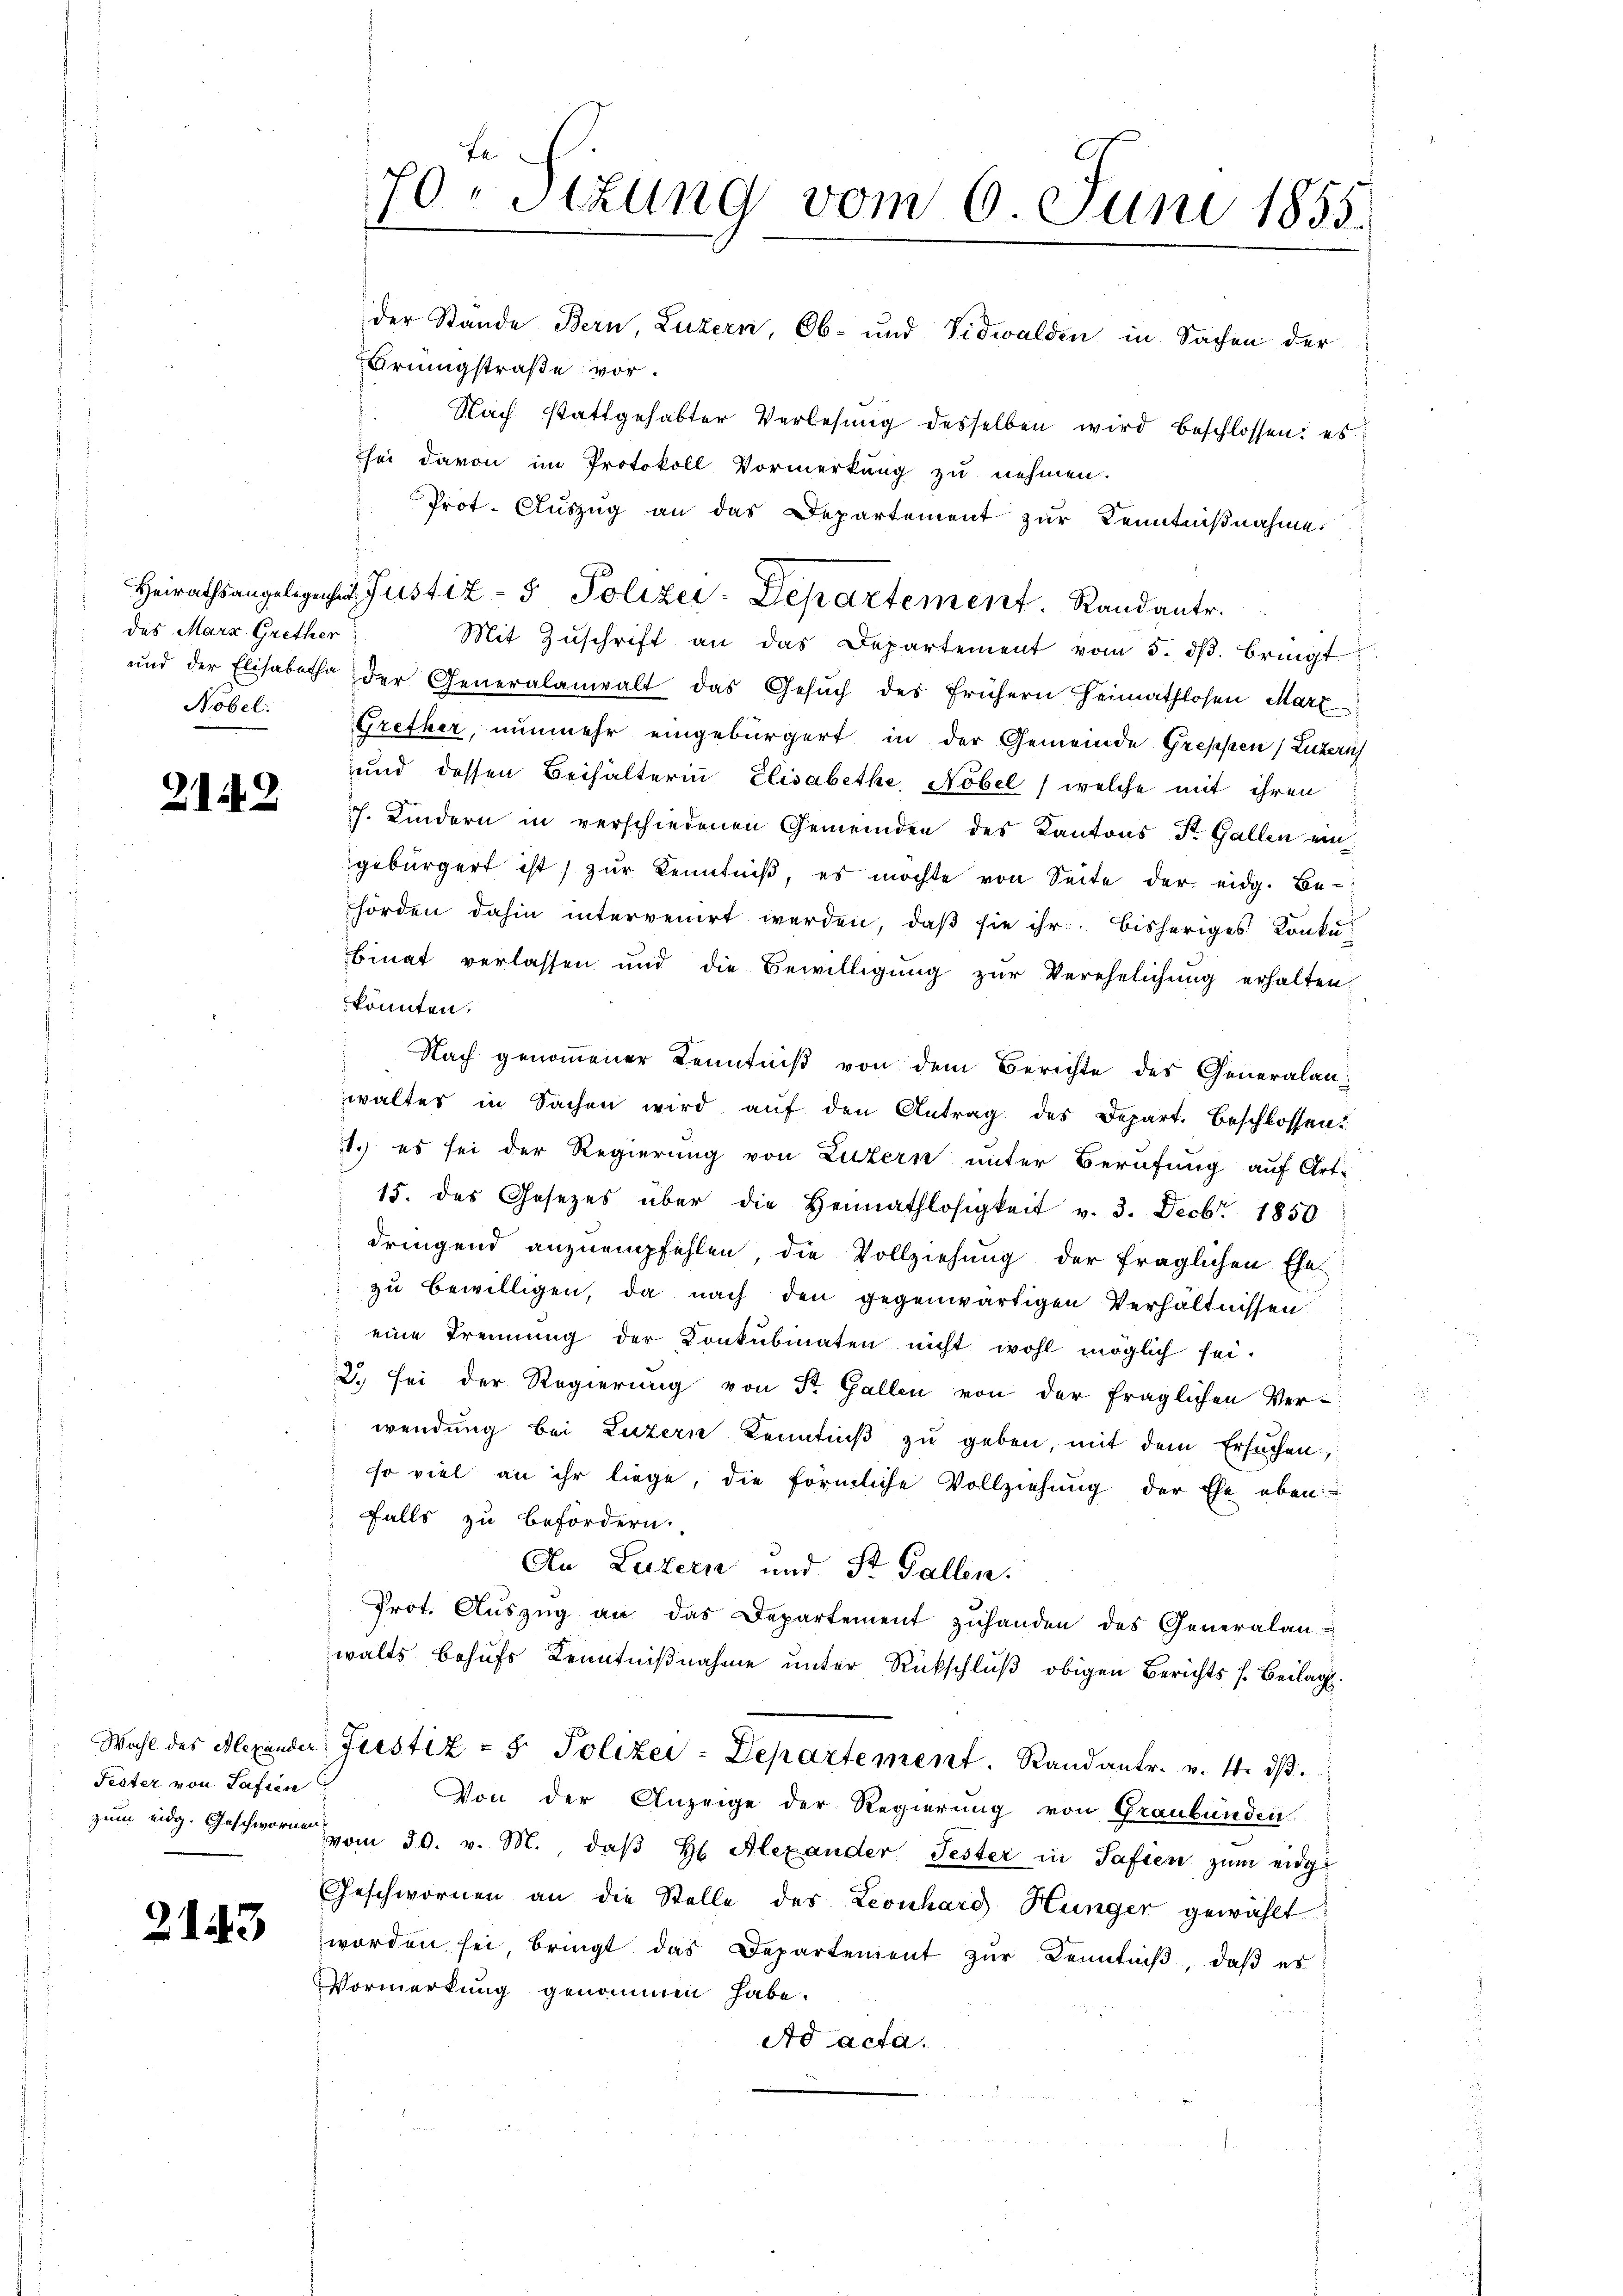
das Marz Grether
Nobel.

2142

Pester von Safien

.
2143

der Stände Bern, Luzern, Ob- und Nidwalden in Sachen der
Brungstraße vor.
Nach stattgehabter Verlesung desselben wird beschlossen: es
hei davon im Protokoll Vormerkung zu nehmen.
Prot. Auszug an das Departement zur Kenntnißnahme.
Mit Zŭschrift an das Departement vom 5. dβ. bringt
und der Elisabetha der Generalanwalt das Gesŭch des frühern Heimathlosen Mart
Grether, nunmehr eingebürgert in der Gemeinde Greppen, Luckeris
und dessen Beihalterin Elisabethe, Nobel, welche mit ihren
ch. Kindern in verschiedenen Gemeinden des Kantons St. Gallen ein
gebürgert ist, zur Kenntniß, es möchte von Seite der eidg. Behörden dahin intervenirt werden, daß sie ihr bisheriges Konkubinat verlassen und die Bewilligŭng zŭr Verehelichŭng erhalten.
könnten.
Nach genommener Kenntniß von dem Berichte des Generalanwalter in Sachen wird aŭf den Antrag des Depart. Beschlossen?
1.) es sei der Regierung von Luzern unter Berufung auf Art.
15. des Gesetzes über die Heimathlosigkeit v. 3. Decbr. 1850
dringend anzuempfehlen, die Vollziehung der fraglichen Ehe-
zu bewilligen, da nach den gegenwärtigen Verhältnissen.
eine Trennung der Konkubinaten nicht wohl möglich sei.
2. sei der Regierung von St. Gallen von der fraglichen Ver-
wendung bei Luzern Kenntniß zu geben, mit dem Ersuchen,
so viel an ihr liege, die förmliche Vollziehung der Ehe eben-
falls zu befördern.
An Luzern und St. Gallen.
Prot. Aŭszŭg an das Departement zuhanden des Generalan-
walts behufs Kenntnißnahme unter Rückschluß obigen Berichts s. Beilag
Wahl des Alexander Gerstiz- & Polizei-Departement. Randantr. v. 4. dβ.
Von der Anzeige der Regierung von Graubünden.
zŭm eidg. Geschwornen vom 30. v. M., daβ H Alexander Fester in Safien zum eidge
Geschwornen an die Stelle des Leonhard Hunger gewählt:
worden sei, bringt das Departement zŭr Kenntniβ, daβ es
Vormerkung genommen habe.
Ad acta.

70. Sitzung vom 6. Juni 1855.
f

Heirathsangelegen Justiz- & Polizei-Departement. Randante.